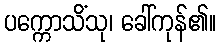
ပက္ကောသိံသု၊ ခေါ်ကုန်၏။